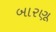
બારણૂ